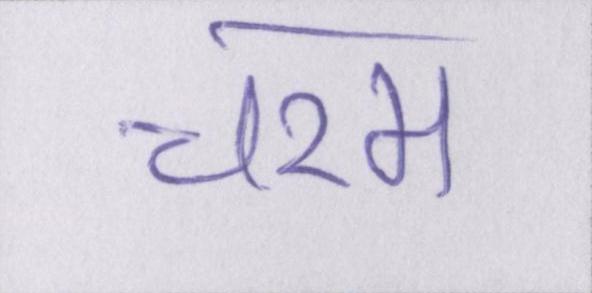
चरम